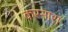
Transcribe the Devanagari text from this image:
करनारा